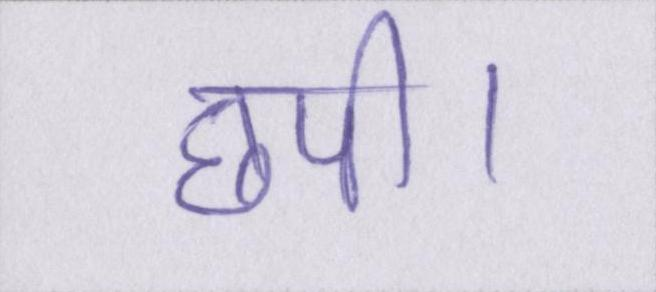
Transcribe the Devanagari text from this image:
छपी।